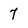
Character: 7